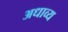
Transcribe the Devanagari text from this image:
अधाव्य